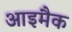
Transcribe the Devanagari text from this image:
आइमैक